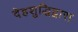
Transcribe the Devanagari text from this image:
देहशुद्धिद्वारा